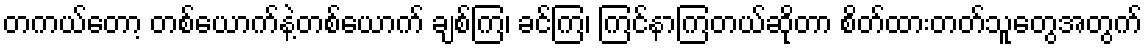
တကယ်တော့ တစ်ယောက်နဲ့တစ်ယောက် ချစ်ကြ၊ ခင်ကြ၊ ကြင်နာကြတယ်ဆိုတာ စိတ်ထားတတ်သူတွေအတွက်